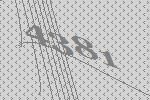
4381